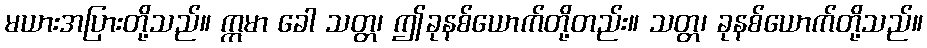
မယားအပြားတို့သည်။ ဣမာ ခေါ သတ္တ၊ ဤခုနစ်ယောက်တို့တည်း။ သတ္တ၊ ခုနစ်ယောက်တို့သည်။